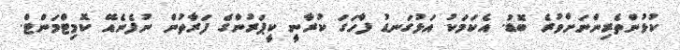
ކުޅުންތެރިންނަށްވުރެ ބޮޑު. އެކަމަކު އަޅުގަނޑު ފާހަގަ ކުރާނީ ކީޕަރުންގެ ފަރާތުން ނުފެނެއޭ ކޮމިޓްމަންޓް.